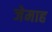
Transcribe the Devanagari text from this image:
जेमाह